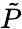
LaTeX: \tilde{P}